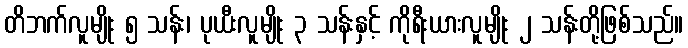
တိဘက်လူမျိုး ၅ သန်း၊ ပုယီးလူမျိုး ၃ သန်းနှင့် ကိုရီးယားလူမျိုး ၂ သန်းတို့ဖြစ်သည်။